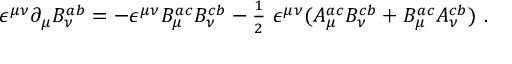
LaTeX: \epsilon ^ { \mu \nu } { \partial } _ { \mu } B _ { \nu } ^ { a b } = - \epsilon ^ { \mu \nu } B _ { \mu } ^ { a c } B _ { \nu } ^ { c b } - { \textstyle \frac 1 2 } ~ \epsilon ^ { \mu \nu } ( A _ { \mu } ^ { a c } B _ { \nu } ^ { c b } + B _ { \mu } ^ { a c } A _ { \nu } ^ { c b } ) ~ .